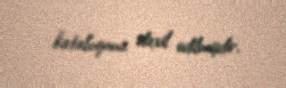
kataloquna daxil edilmişdir.